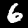
Label: 6